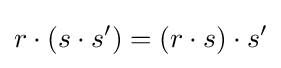
r\cdot (s\cdot s')=(r\cdot s)\cdot s'